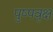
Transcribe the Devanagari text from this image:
पुष्पवृक्ष